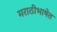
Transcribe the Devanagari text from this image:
मराठीभाषेत